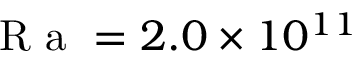
\textrm { R a } = 2 . 0 \times 1 0 ^ { 1 1 }